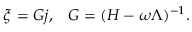
\xi = { \cal G } j , \; \; \; { \cal G } = ( { \cal H } - \omega \Lambda ) ^ { - 1 } .